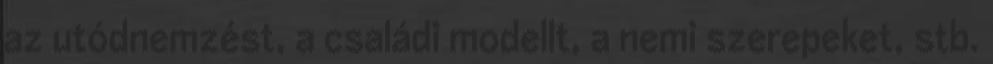
az utódnemzést, a családi modellt, a nemi szerepeket, stb.